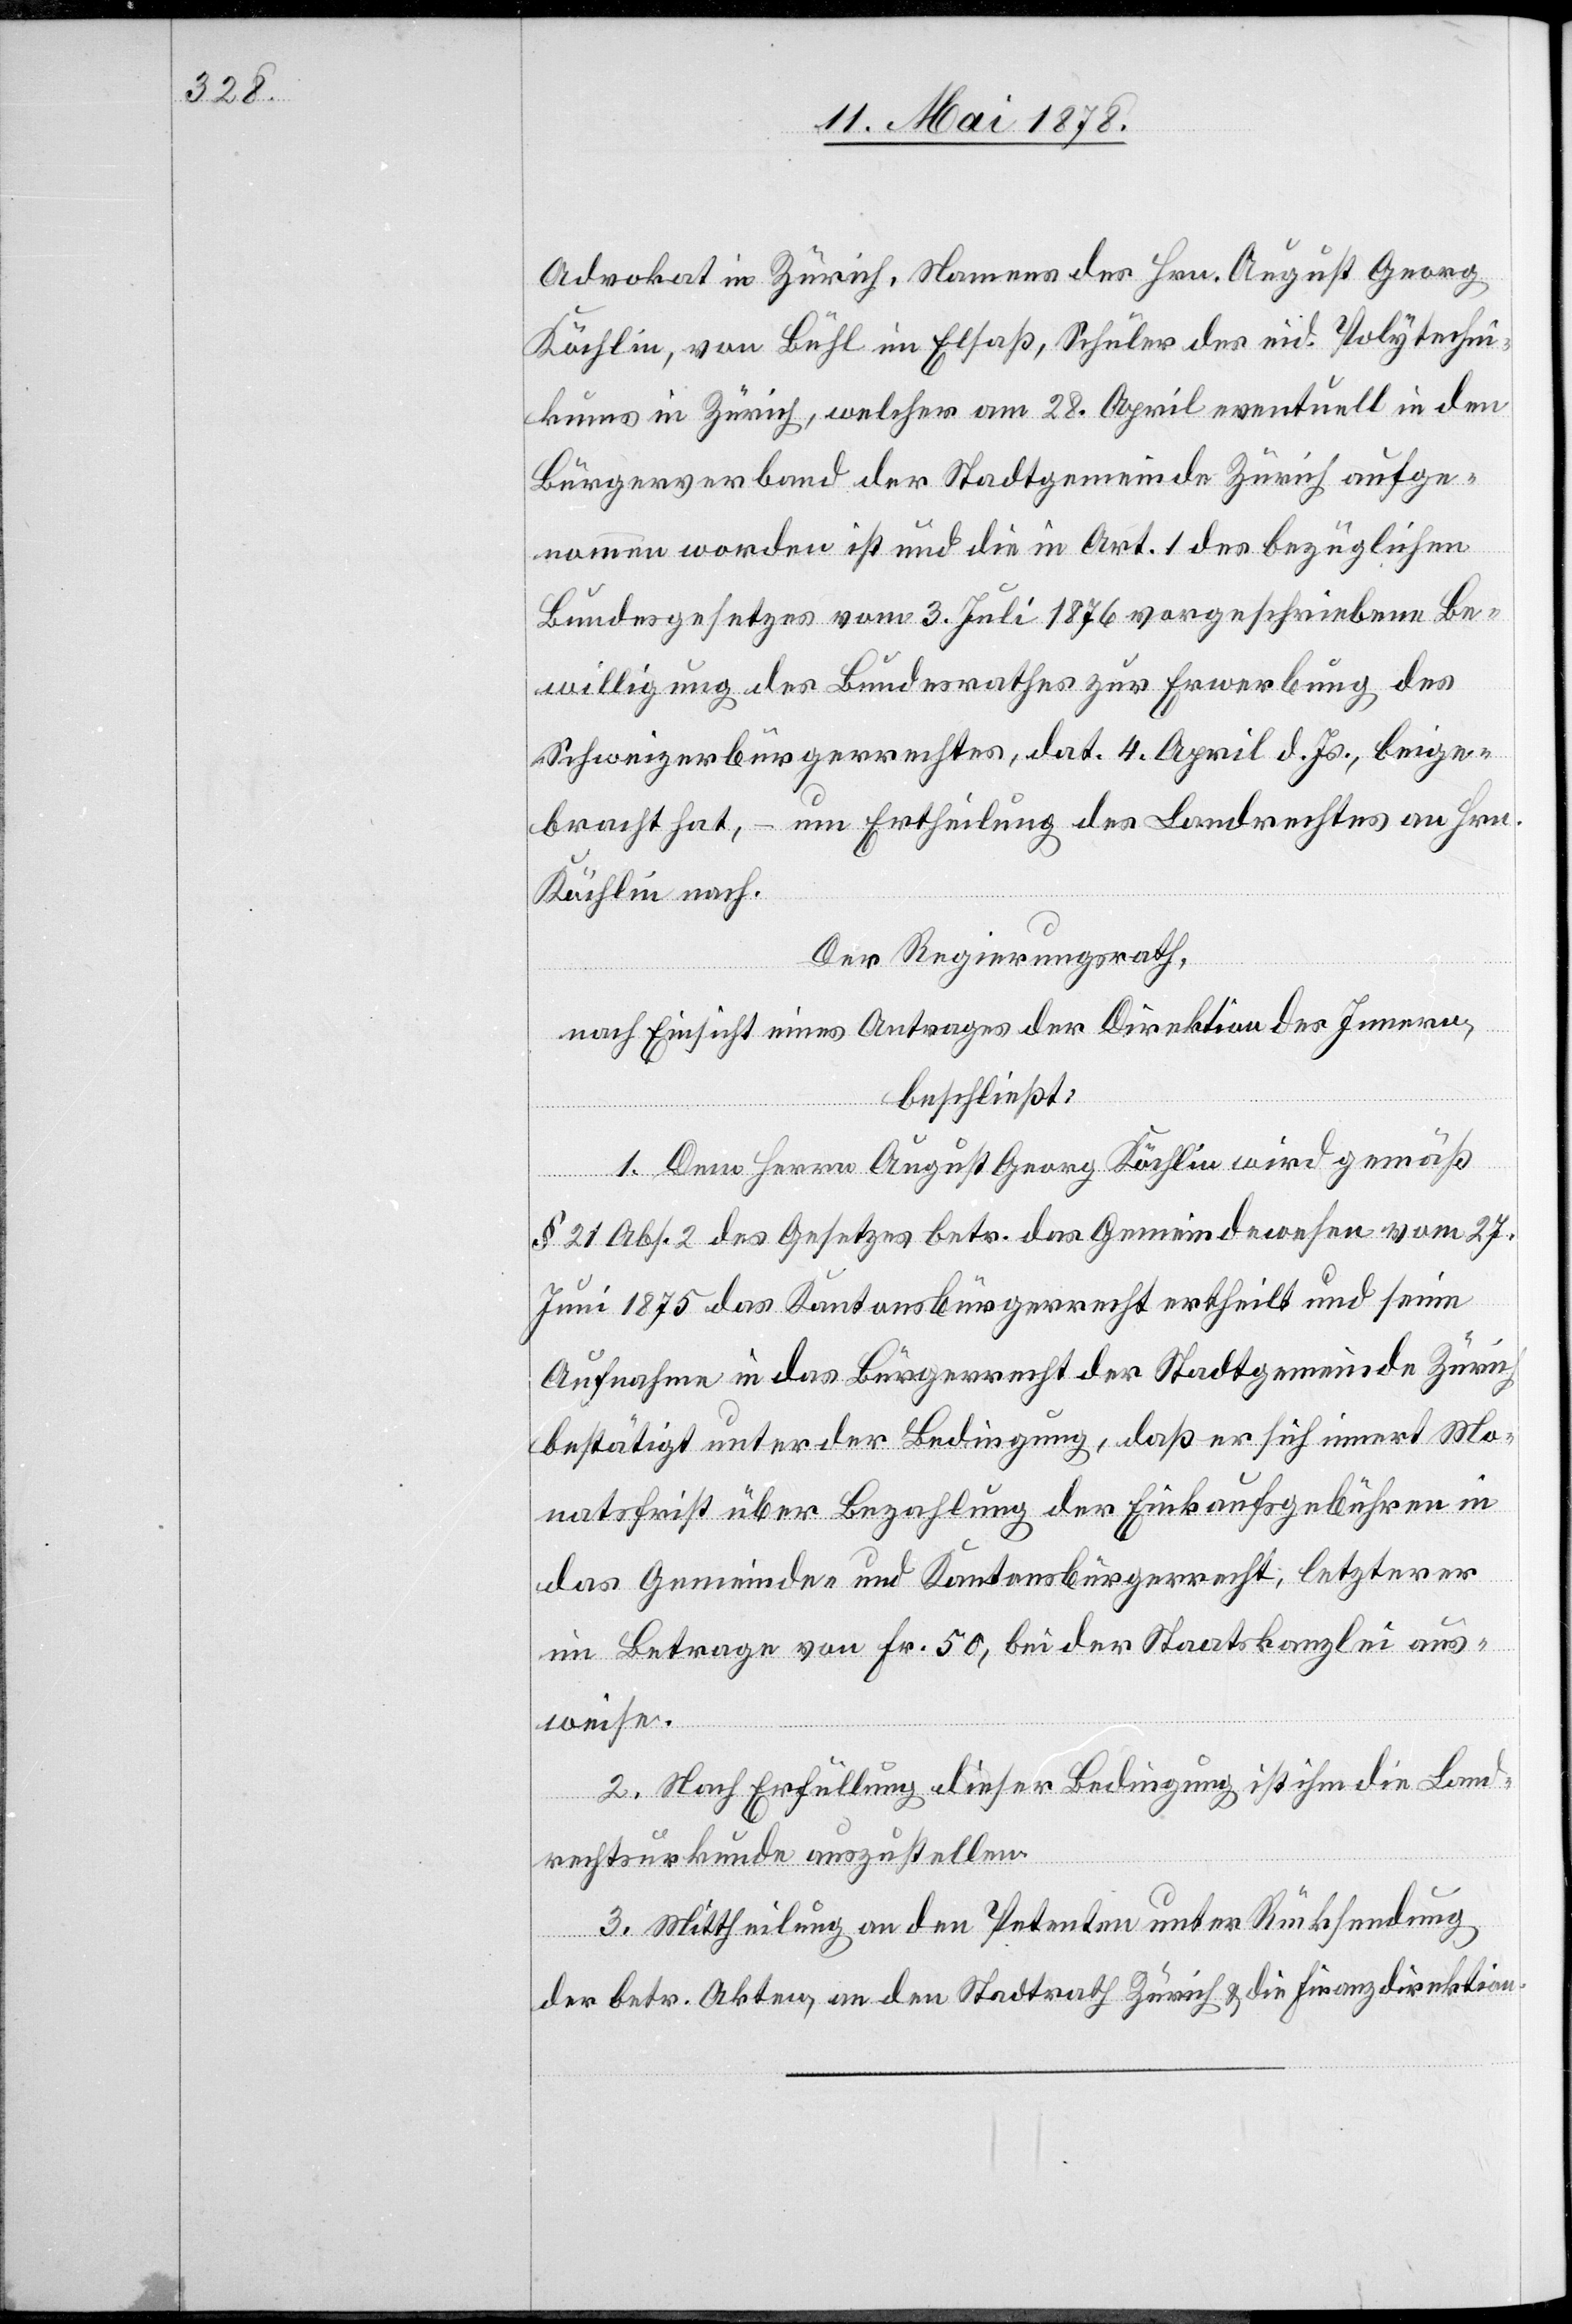
Advokat in Zürich, Namens des Hrn. August Georg
Köchlin, von Bühl im Elsaß, Schüler des eid. Polytechni¬
kums in Zürich, welcher am 28. April eventuell in den
Bürgerverband der Stadtgemeinde Zürich aufge¬
nommen worden ist und die in Art. 1 des bezüglichen
Bundesgesetzes vom 3. Juli 1876 vorgeschriebene Be¬
willigung des Bundesrathes zur Erwerbung des
Schweizerbürgerrechtes, dat. 4. April d. Js., beige¬
bracht hat, – um Ertheilung des Landrechtes an Hrn.
Köchlin nach.
Der Regierungsrath,
nach Einsicht eines Antrages der Direktion des Innern,
beschließt:
§ 21 Abs. 2 des Gesetzes betreffend das Gemeindewesen vom 27.
Juni 1875 das Kantonsbürgerrecht ertheilt und seine
Aufnahme in das Bürgerrecht der Stadtgemeinde Zürich
bestätigt unter der Bedingung, daß er sich innert Mo¬
natsfrist über Bezahlung der Einkaufsgebühren in
das Gemeinde- und Kantonsbürgerrecht, letzterer
im Betrage von Fr. 50, bei der Staatskanzlei aus¬
weise.
2. Nach Erfüllung dieser Bedingung ist ihm die Land¬
rechtsurkunde auszustellen.
3. Mittheilung an den Petenten unter Rücksendung
der betr. Akten, an den Stadtrath Zürich und die Finanzdirektion.